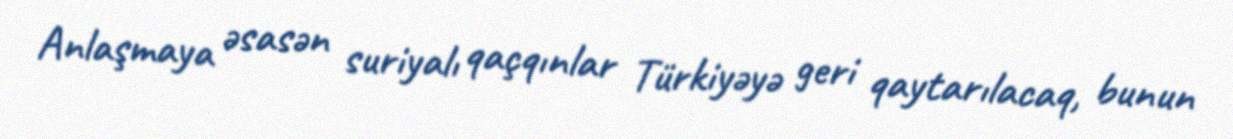
Anlaşmaya əsasən suriyalı qaçqınlar Türkiyəyə geri qaytarılacaq, bunun